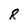
Character: R